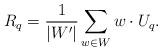
LaTeX: \begin{align*}\displaystyle R_q=\frac{1}{\lvert W'\rvert} \sum_{w\in W}w\cdot U_q.\end{align*}